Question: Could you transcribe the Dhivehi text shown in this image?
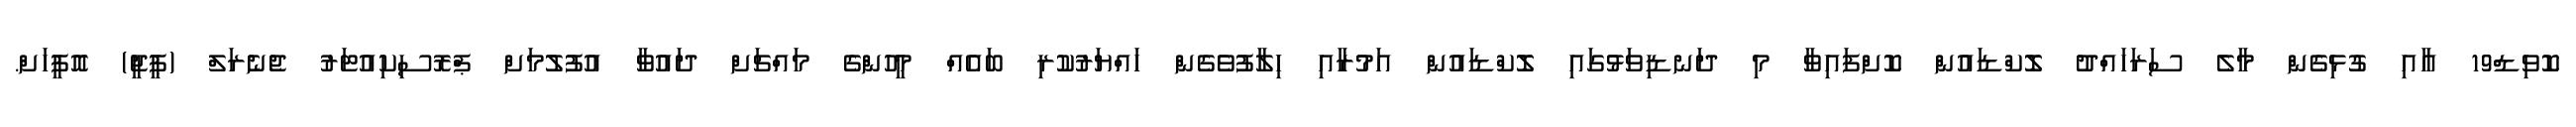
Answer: ކޮވިޑް19 އާއި ގުޅިގެން މާލެ ސަރަހައްދު ލޮކްޑައުން ކޮށްފައިވާ މި ދަނޑިވަޅުގައި ލޮކްޑައުން އަމުރާއި ހިލާފުވެގެން ހައްޔަރުކުރި ބައެއް މީހުންގެ މައްޗަށް ދައުވާ އުފުލުމަށް ޕްރޮސިކިއުޓަރު ޖެނެރަލް (ޕީޖީ) އޮފީހަށް.